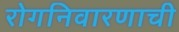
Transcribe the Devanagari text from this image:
रोगनिवारणाची